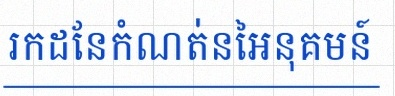
រកដែនកំណត់នៃអនុគមន៍